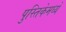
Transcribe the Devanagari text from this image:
पुस्तिकेमध्ये